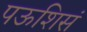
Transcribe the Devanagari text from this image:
पऊशिसं